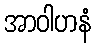
အာဝါဟနံ